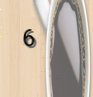
6